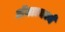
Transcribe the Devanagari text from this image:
अॅक्टामध्यें